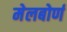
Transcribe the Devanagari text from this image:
मेलबोर्ण